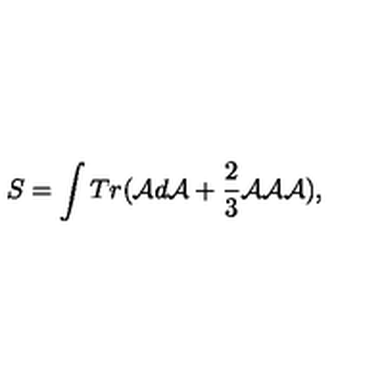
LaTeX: S = \int T r ( { \cal A } d { \cal A } + \frac { 2 } { 3 } { \cal A } { \cal A } { \cal A } ) ,